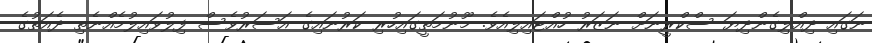
ނަގައި ދިއްލިގެންދިޔަ ސްކްރީނަށް ނަޒަރު ހުއްޓައިލިއެވެ. މޫނުމަތީގައިހުރި ކަރުނައިގެ އަސަރުވެސް ފިލުވައިލުމެއްނެތި ދެއަތުގެ